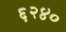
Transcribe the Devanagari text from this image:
६२४०